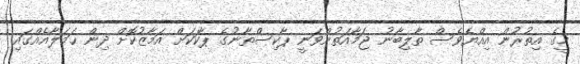
މީގެ އިތުރުން އިއްޔެވެސް ތާލިބާނު ޖަމާއަތުންވަނީ ޕާކިސްތާނުގެ ޕާކަކަށް އަމާޒުކޮށް ދިން ޙަމަލާއެއްގައި